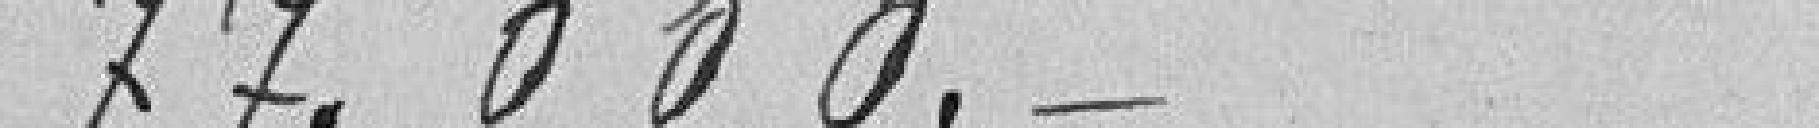
77.000 francs